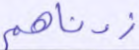
زدناهم